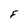
Character: F